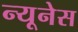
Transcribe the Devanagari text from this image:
न्यूनेस